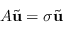
A \tilde { \mathbf { u } } = \sigma \tilde { \mathbf { u } }